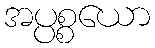
အပ္ပစ္စယော